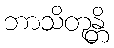
ဘာသိတုန္တိ